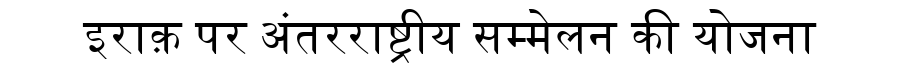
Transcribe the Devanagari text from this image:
इराक़ पर अंतरराष्ट्रीय सम्मेलन की योजना